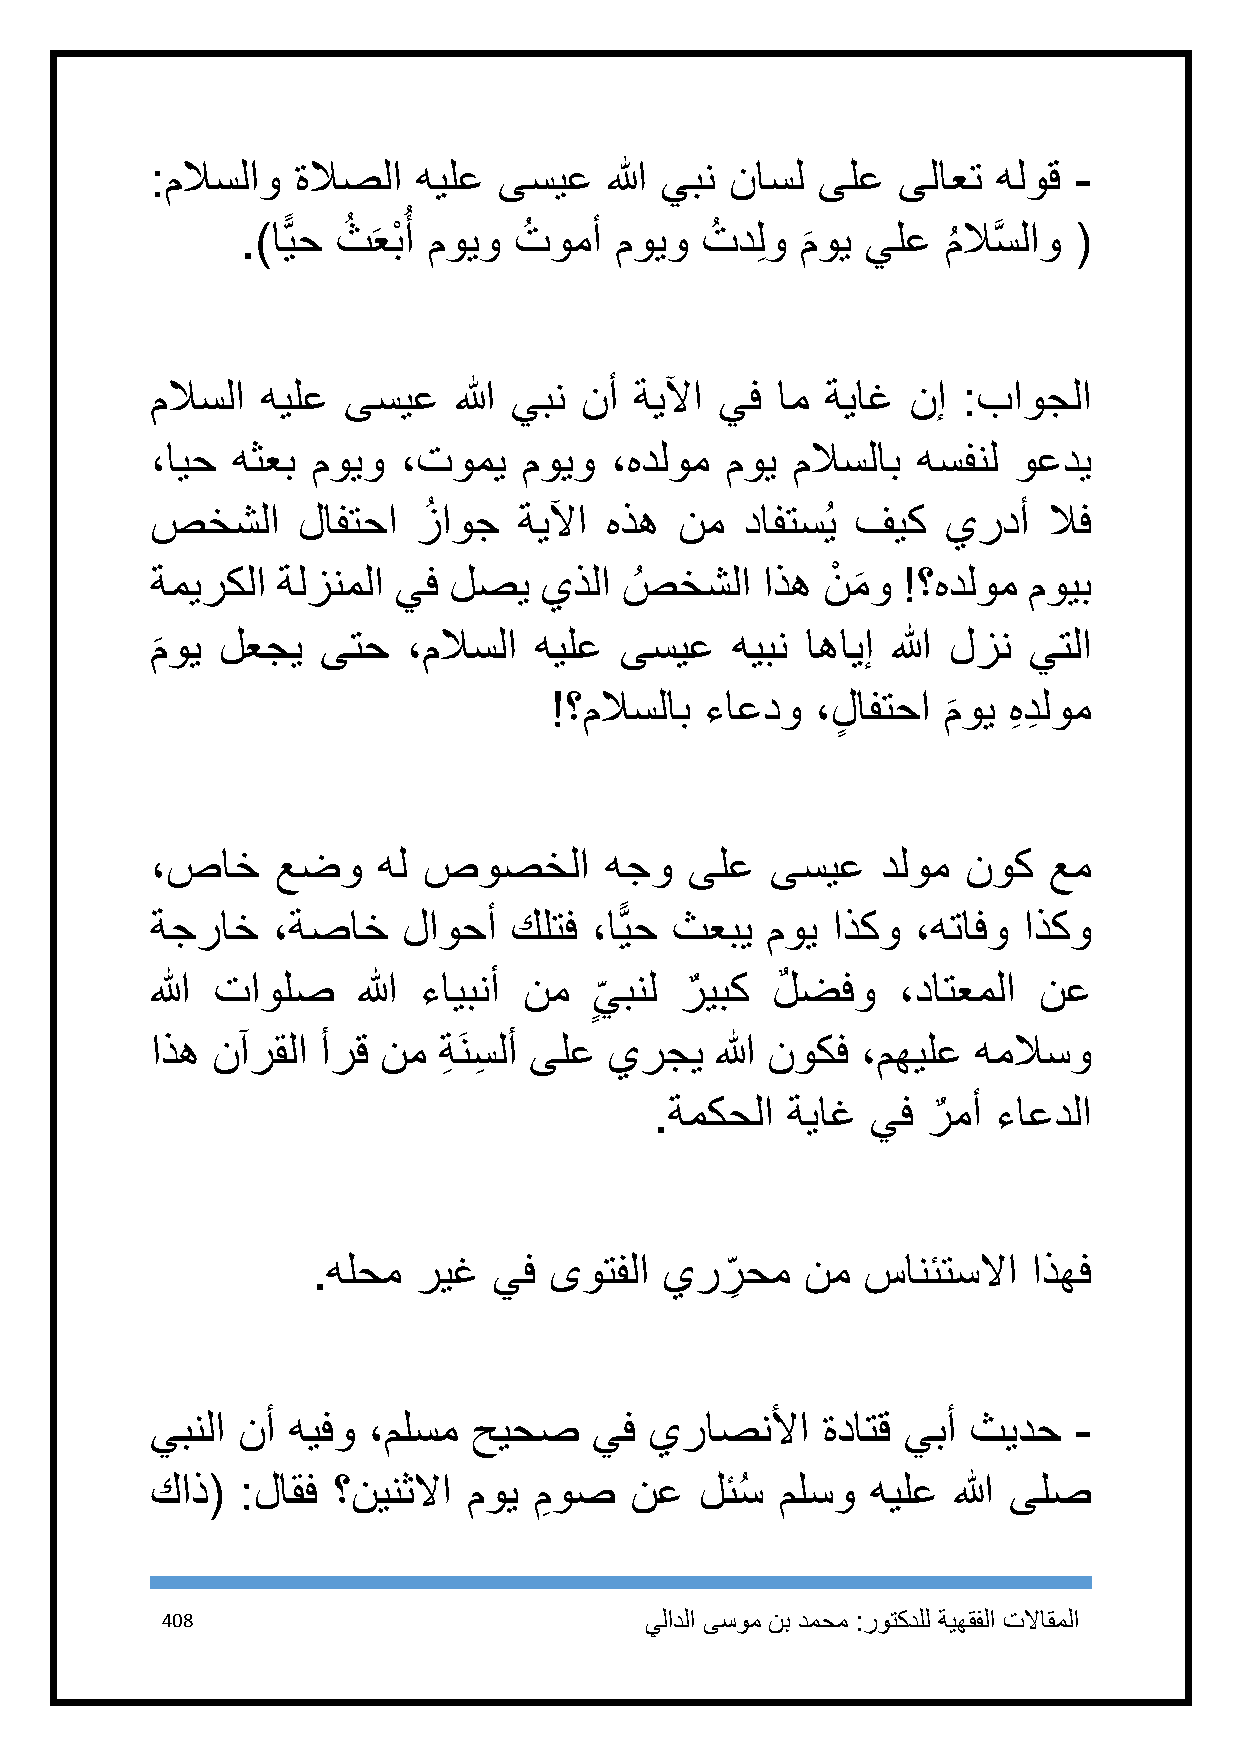
:ملاسلاو  ةلاصلا  هيلع ىسيع   الله يبن ناسل ىلع  ىلاعت  هلوق -
 ُ
 .)اًّيح ثُ َعبْ أ مويو تُ ومأ مويو تُ دلِ و م
 َ
 وي يلع   م
 ُ
 لاسَّ لاو (
 ملاسلا هيلع  ىسيع   الله يبن نأ ةيلآا يف ام  ةياغ نإ  :باوجلا
 ،ايح هثعب  مويو  ،تومي   مويو ،هدلوم  موي ملاسلاب  هسفنل وعدي
 صخشلا     لافتحا  زُ اوج ةيلآا هذه نم  دافتسُي فيك   يردأ  لاف
 ةميركلا ةلزنملا يف  لصي   يذلا صُ  خشلا اذه نْ م
 َ
 و !؟هدلوم مويب
 موي لعجي   ىتح   ،ملاسلا هيلع  ىسيع   هيبن اهايإ الله لزن يتلا
 َ
 !؟ملاسلاب  ءاعدو  ،لٍ افتحا م
 َ
 وي هِ دِ لوم
 ،صاخ    عضو    هل صوصخلا      هجو   ىلع  ىسيع   دلوم  نوك  عم
 ةجراخ   ،ةصاخ    لاوحأ  كلتف ،اًّيح ثعبي موي اذكو  ،هتافو اذكو
 الله تاولص    الله ءايبنأ نم
 ٍ
 ي بنل رٌ يبك لٌ ضفو ،داتعملا  نع
 اذه نآرقلا أرق نم  ةِ َنسِ لأ ىلع يرجي الله نوكف ،مهيلع هملاسو
 .ةمكحلا  ةياغ  يف رٌ مأ ءاعدلا
 .هلحم ريغ   يف ىوتفلا  ير  ر
 ِ
 حم  نم  سانئتسلاا  اذهف
 يبنلا نأ هيفو ،ملسم  حيحص    يف  يراصنلأا   ةداتق يبأ ثيدح   -
 كاذ(  :لاقف ؟نينثلاا موي مِ وص  نع  لئسُ  ملسو  هيلع الله ىلص
 418                             يلادلا ىسوم نب دمحم :روتكدلل ةيهقفلا تلااقملا